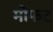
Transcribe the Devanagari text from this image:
मोफट